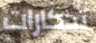
تذكارات